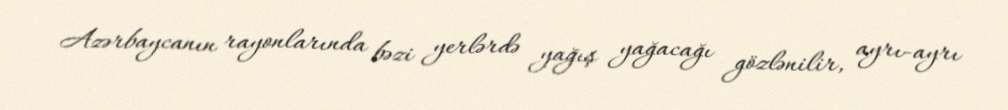
Azərbaycanın rayonlarında bəzi yerlərdə yağış yağacağı gözlənilir, ayrı-ayrı